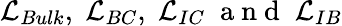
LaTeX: \mathcal{L}_{Bulk},\; \mathcal{L}_{BC},\; \mathcal{L}_{IC}\; \mathrm{~a~n~d~}\; \mathcal{L}_{IB}